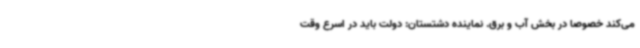
می‌کند خصوصا در بخش آب و برق. نماینده دشتستان: دولت باید در اسرع وقت